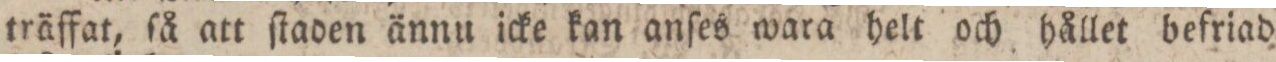
träffat, ſå att ſtaden ännu icke kan anſes wara helt och hållet befriad